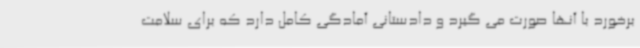
برخورد با آنها صورت می گیرد و دادستانی آمادگی کامل دارد که برای سلامت